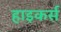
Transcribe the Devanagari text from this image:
हाइकर्स